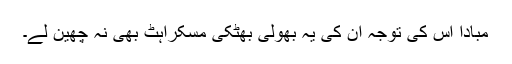
مبادا اس کی توجہ ان کی یہ بھولی بھٹکی مسکراہٹ بھی نہ چھین لے۔